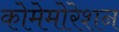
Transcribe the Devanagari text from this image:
कोमेमोरेशन